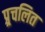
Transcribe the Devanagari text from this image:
प्र्र्रचलित